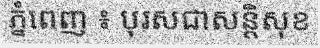
ភ្នំពេញ ៖ បុរសជាសន្តិសុខ